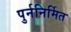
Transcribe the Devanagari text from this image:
पुर्ननिर्मित